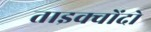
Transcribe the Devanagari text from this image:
ताइक्वोंदो